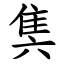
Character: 䧶